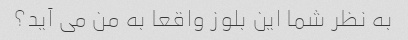
به نظر شما این بلوز واقعا به من می آید؟